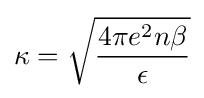
\kappa ={\sqrt {\frac {4\pi e^{2}n\beta }{\epsilon }}}